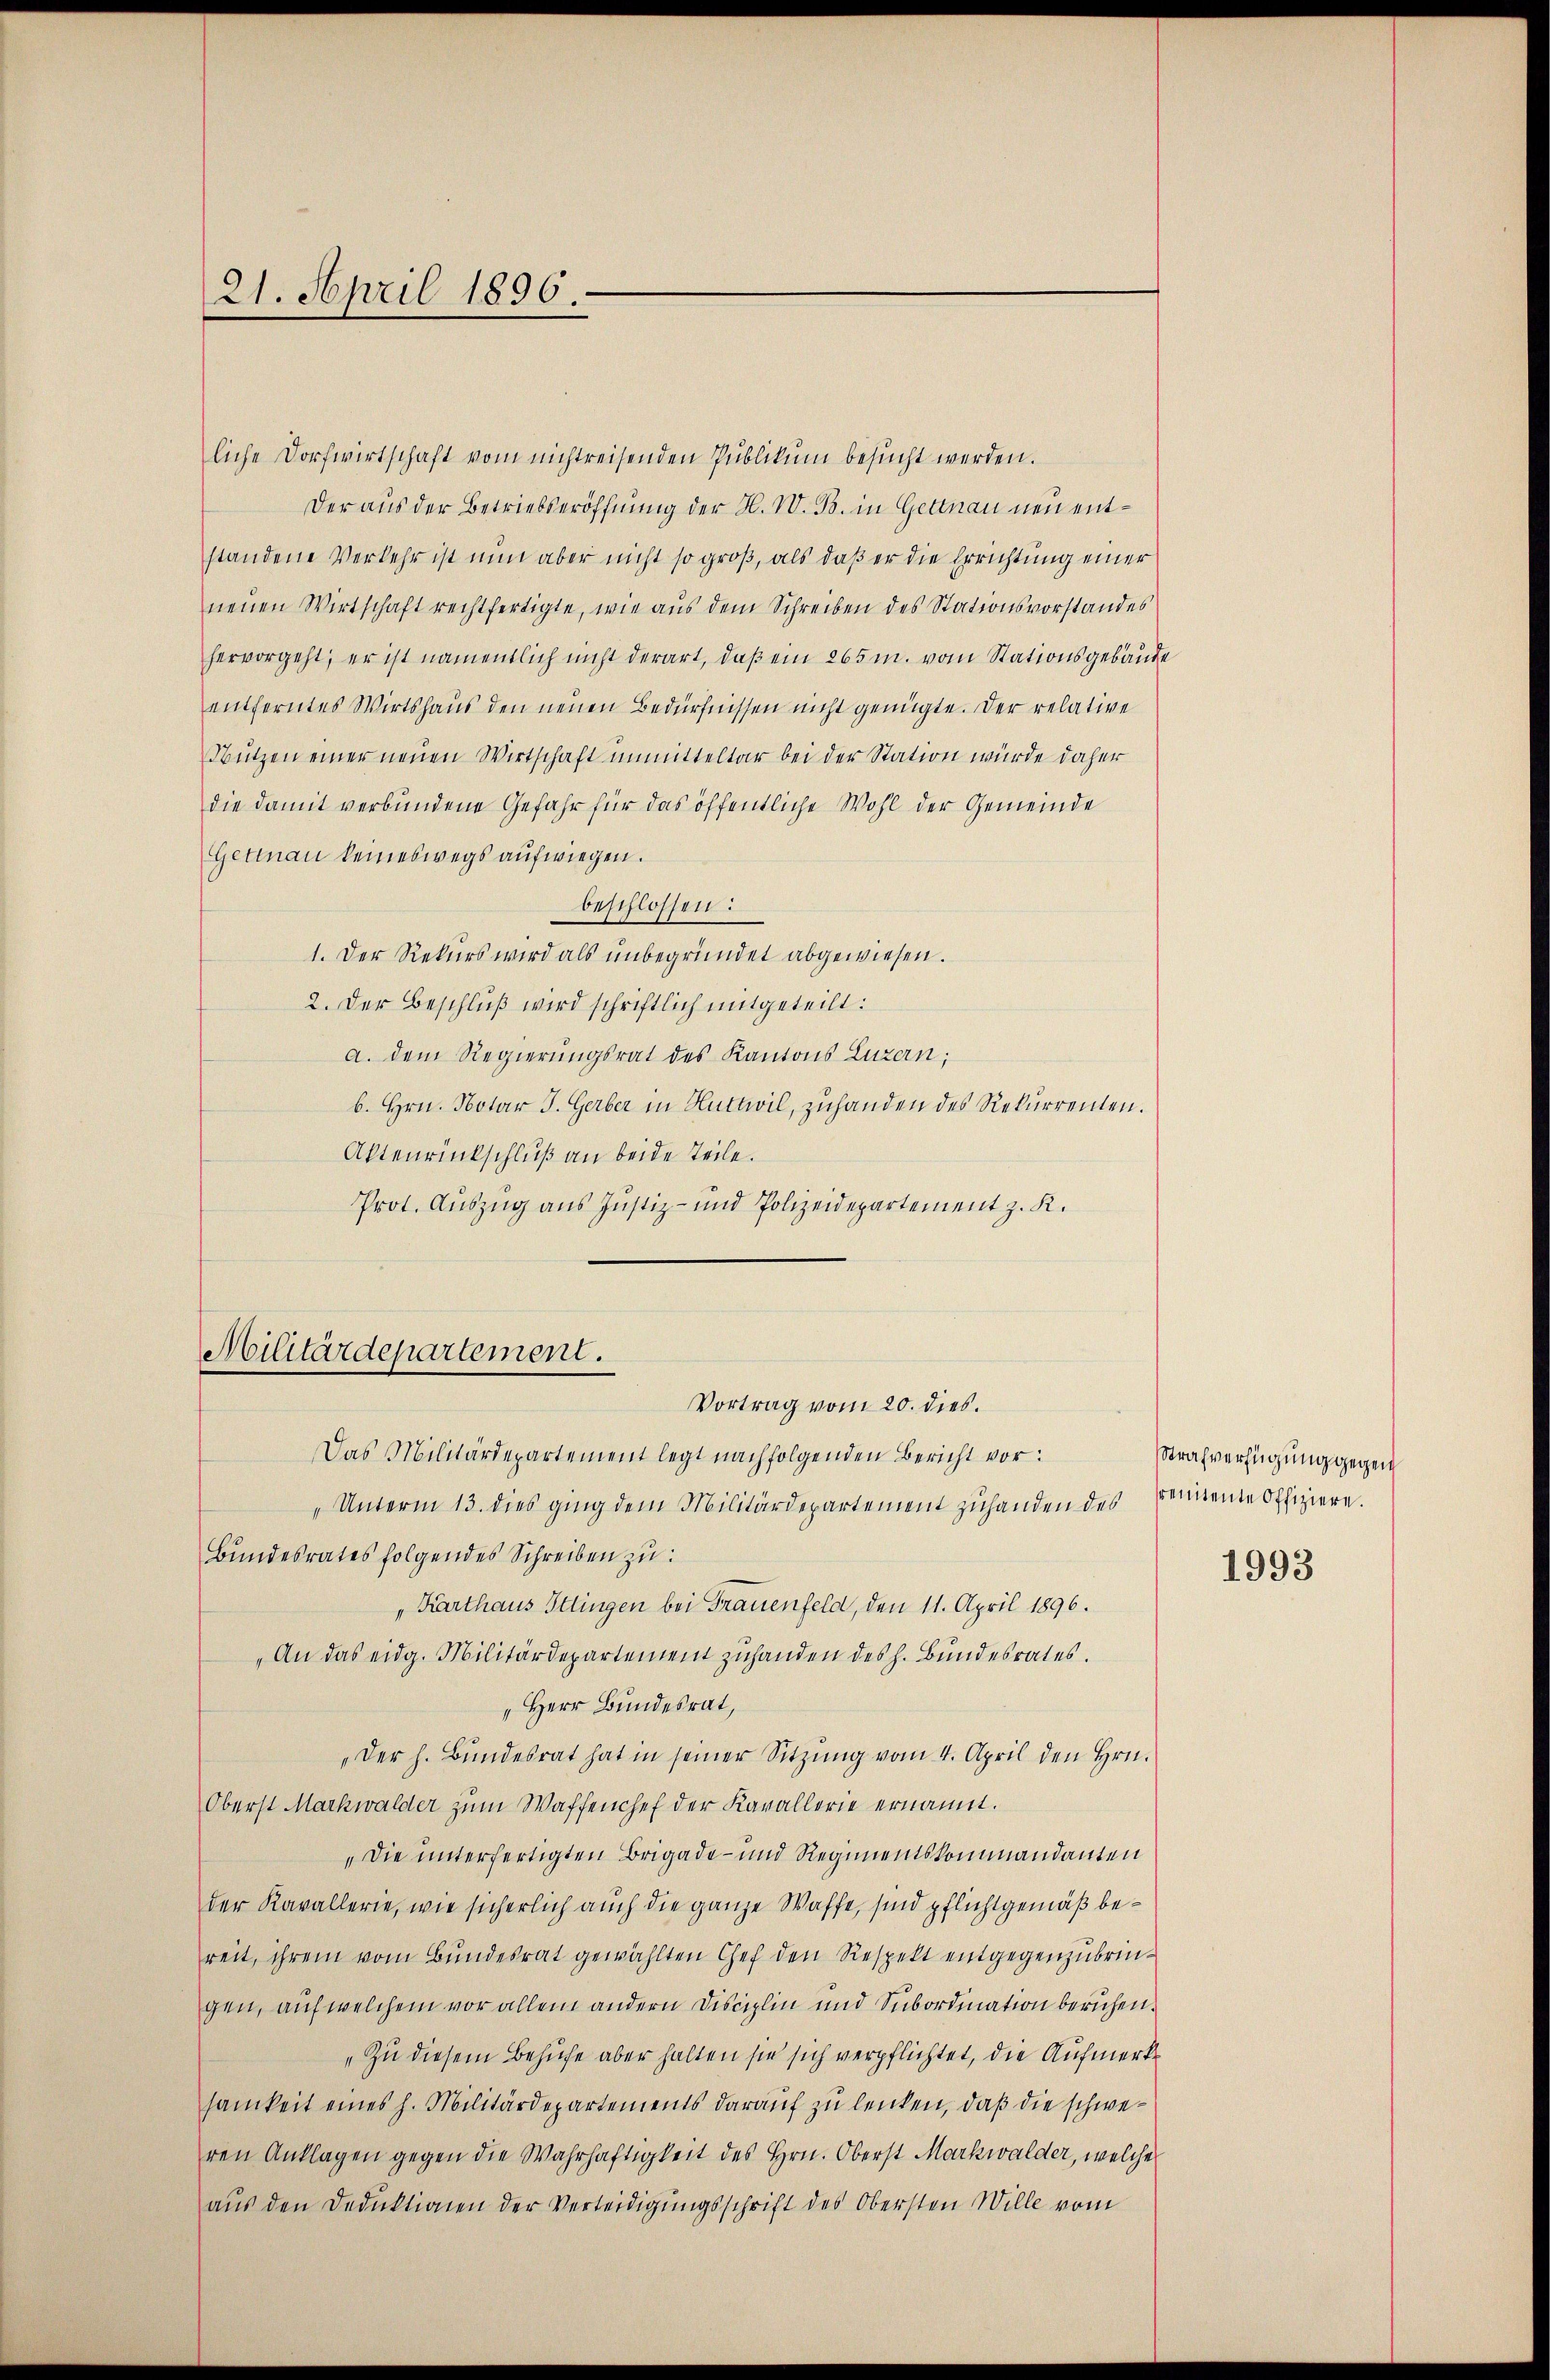
21. April 1896.

liche Dorfwirtschaft vom nichtreisenden Publikum besucht werden.
Der aus der Betriebseröffnung der H. W. B. in Gettnau neu entstandene Verkehr ist nun aber nicht so groß, als daß er die Errichtung einer
neuen Wirtschaft rechtfertigte, wie aus dem Schreiben des Stationsvorstandes
hervorgeht, er ist namentlich nicht derart, daß ein 265 m. vom Stationsgebäude
entferntes Wirtshaus den neuen Bedürfnissen nicht genügte. Der relative
Nützen einer neuen Wirtschaft unmitteltar bei der Station würde daher
die damit verbundene Gefahr für das öffentliche Wohl der Gemeinde
Gettnau keineswegs aufwiegen.
beschlossen:
1. Der Rekurs wird als unbegründet abgewiesen.
2. Der Beschluß wird schriftlich mitgeteilt:
a. dem Regierungsrat des Kantons Luzern;
b. Hrn. Notar J. Gerber in Huttwil, zuhanden des Rekurrenten.
Aktenrückschluß an beide Teile.
Prot. Aŭszŭg ans Justiz- und Polizeidepartement z. K.

Militärdepartement.
Vortrag vom 20. dies.

Das Militärdepartement legt nachfolgenden Bericht vor:
Unterm 13. dies ging dem Militärdepartement zuhanden des
Bundesrates folgendes Schreiben zu:
Karthaus Ittingen bei Frauenfeld, den 11. April 1896.
„An das eidg. Militärdepartement zuhanden des h. Bundesrates.
Herr Bundesrat,
„der h. Bŭndesrat hat in seiner Sitzŭng vom 4. April den Hrn.
Oberst Markwalder zum Waffenchef der Kavallerie ernannt.
„Die unterfertigten Brigade- und Regimentskommandanten
der Kavallerie, wie sicherlich auch die ganze Waffe, sind pflichtgemäß bereit, ihrem vom Bundesrat gewählten Chef den Respekt entgegenzubringen, auf welchem vor allem andern Disciplin und Subordination beruhen.
„Zu diesem Behufe aber halten sie sich verpflichtet, die Aufmerkt
samkeit eines h. Militärdepartements darauf zu lenken, daß die schweren Anklagen gegen die Wahrhaftigkeit des Hrn. Oberst Markwalder, welche
aus den Deduktionen der Verteidigungsschrift des Obersten Wille vom

Strafverfügung gegen
srentente Offiziere.

1993